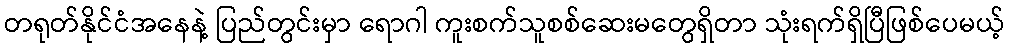
တရုတ်နိုင်ငံအနေနဲ့ ပြည်တွင်းမှာ ရောဂါ ကူးစက်သူစစ်ဆေးမတွေရှိတာ သုံးရက်ရှိပြီဖြစ်ပေမယ့်